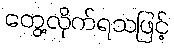
တွေ့လိုက်ရသဖြင့်